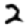
Digit: 2